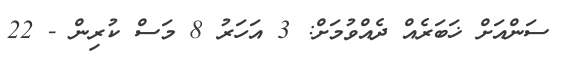
ސަންއަށް ޚަބަރެއް ދެއްވުމަށް: 3 އަހަރު 8 މަސް ކުރިން - 22